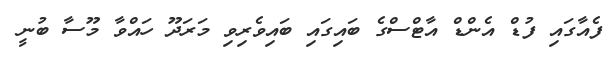
ފެއާގައި ފުޑް އެންޑް އާޓްސްގެ ބައިގައި ބައިވެރިވި މަރަދޫ ހައްވާ މޫސާ ބުނީ